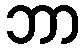
ဘာ